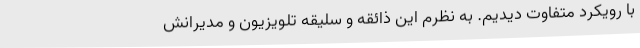
با رویکرد متفاوت دیدیم. به نظرم این ذائقه و سلیقه تلویزیون و مدیرانش